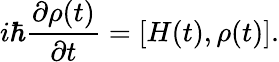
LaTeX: i{\hbar}\frac{\partial\rho(t)}{\partial t}=[H(t),\rho(t)].